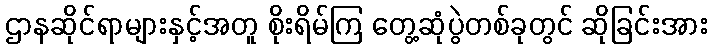
ဌာနဆိုင်ရာများနှင့်အတူ စိုးရိမ်ကြ တွေ့ဆုံပွဲတစ်ခုတွင် ဆိုခြင်းအား